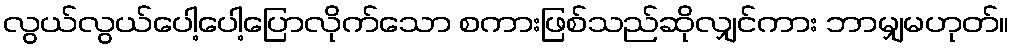
လွယ်လွယ်ပေါ့ပေါ့ပြောလိုက်သော စကားဖြစ်သည်ဆိုလျှင်ကား ဘာမျှမဟုတ်။